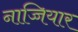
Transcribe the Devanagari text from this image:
नाच्चियार